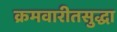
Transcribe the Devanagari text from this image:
क्रमवारीतसुद्धा